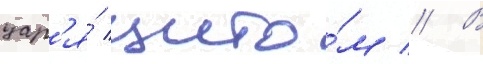
цар'я́ щито́м // В